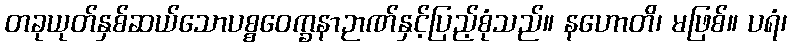
တခုယုတ်နှစ်ဆယ်သောပစ္စဝေက္ခနာဉာဏ်နှင့်ပြည့်စုံသည်။ နဟောတိ၊ မဖြစ်။ ပရံ၊